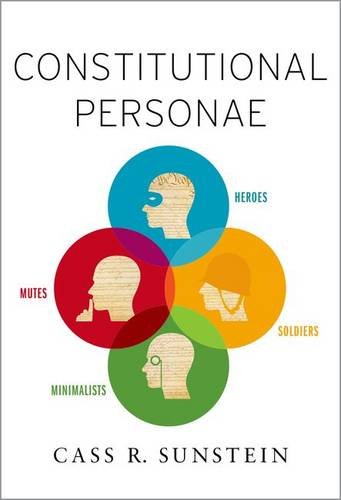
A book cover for Constitutional Personae: Heroes, Soldiers, Minimalists, and Mutes (Inalienable Rights); Cass R. Sunstein; Law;